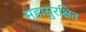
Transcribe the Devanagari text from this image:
महासुरक्षित